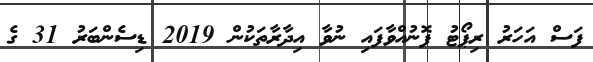
ފަސް އަހަރު ރިޕޯޓު ފޮނުއްވާފައި ނުވާ އިދާރާތަކުން 2019 ޑިސެންބަރު 31 ގެ